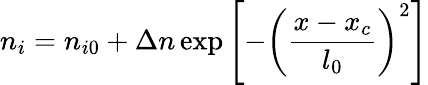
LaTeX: n_{i}=n_{i0}+\Delta n\exp\left[-\left(\frac{x-x_{c}}{l_{0}}\right)^{2}\right]